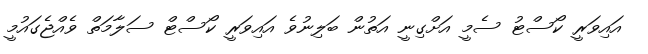
އައިވަރީ ކޯސްޓު ސެމީ އަށްގިނީ އަތުން ބަލިނުވެ އައިވަރީ ކޯސްޓް ސަލާމަތް ވެއްޖެގައުމީ